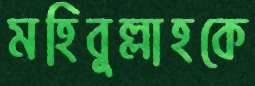
মহিবুল্লাহকে